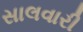
સાલવારી